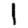
Digit: 1